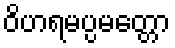
ဝိဟရမပ္ပမတ္တော